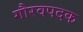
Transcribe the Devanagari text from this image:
गौरवपदक